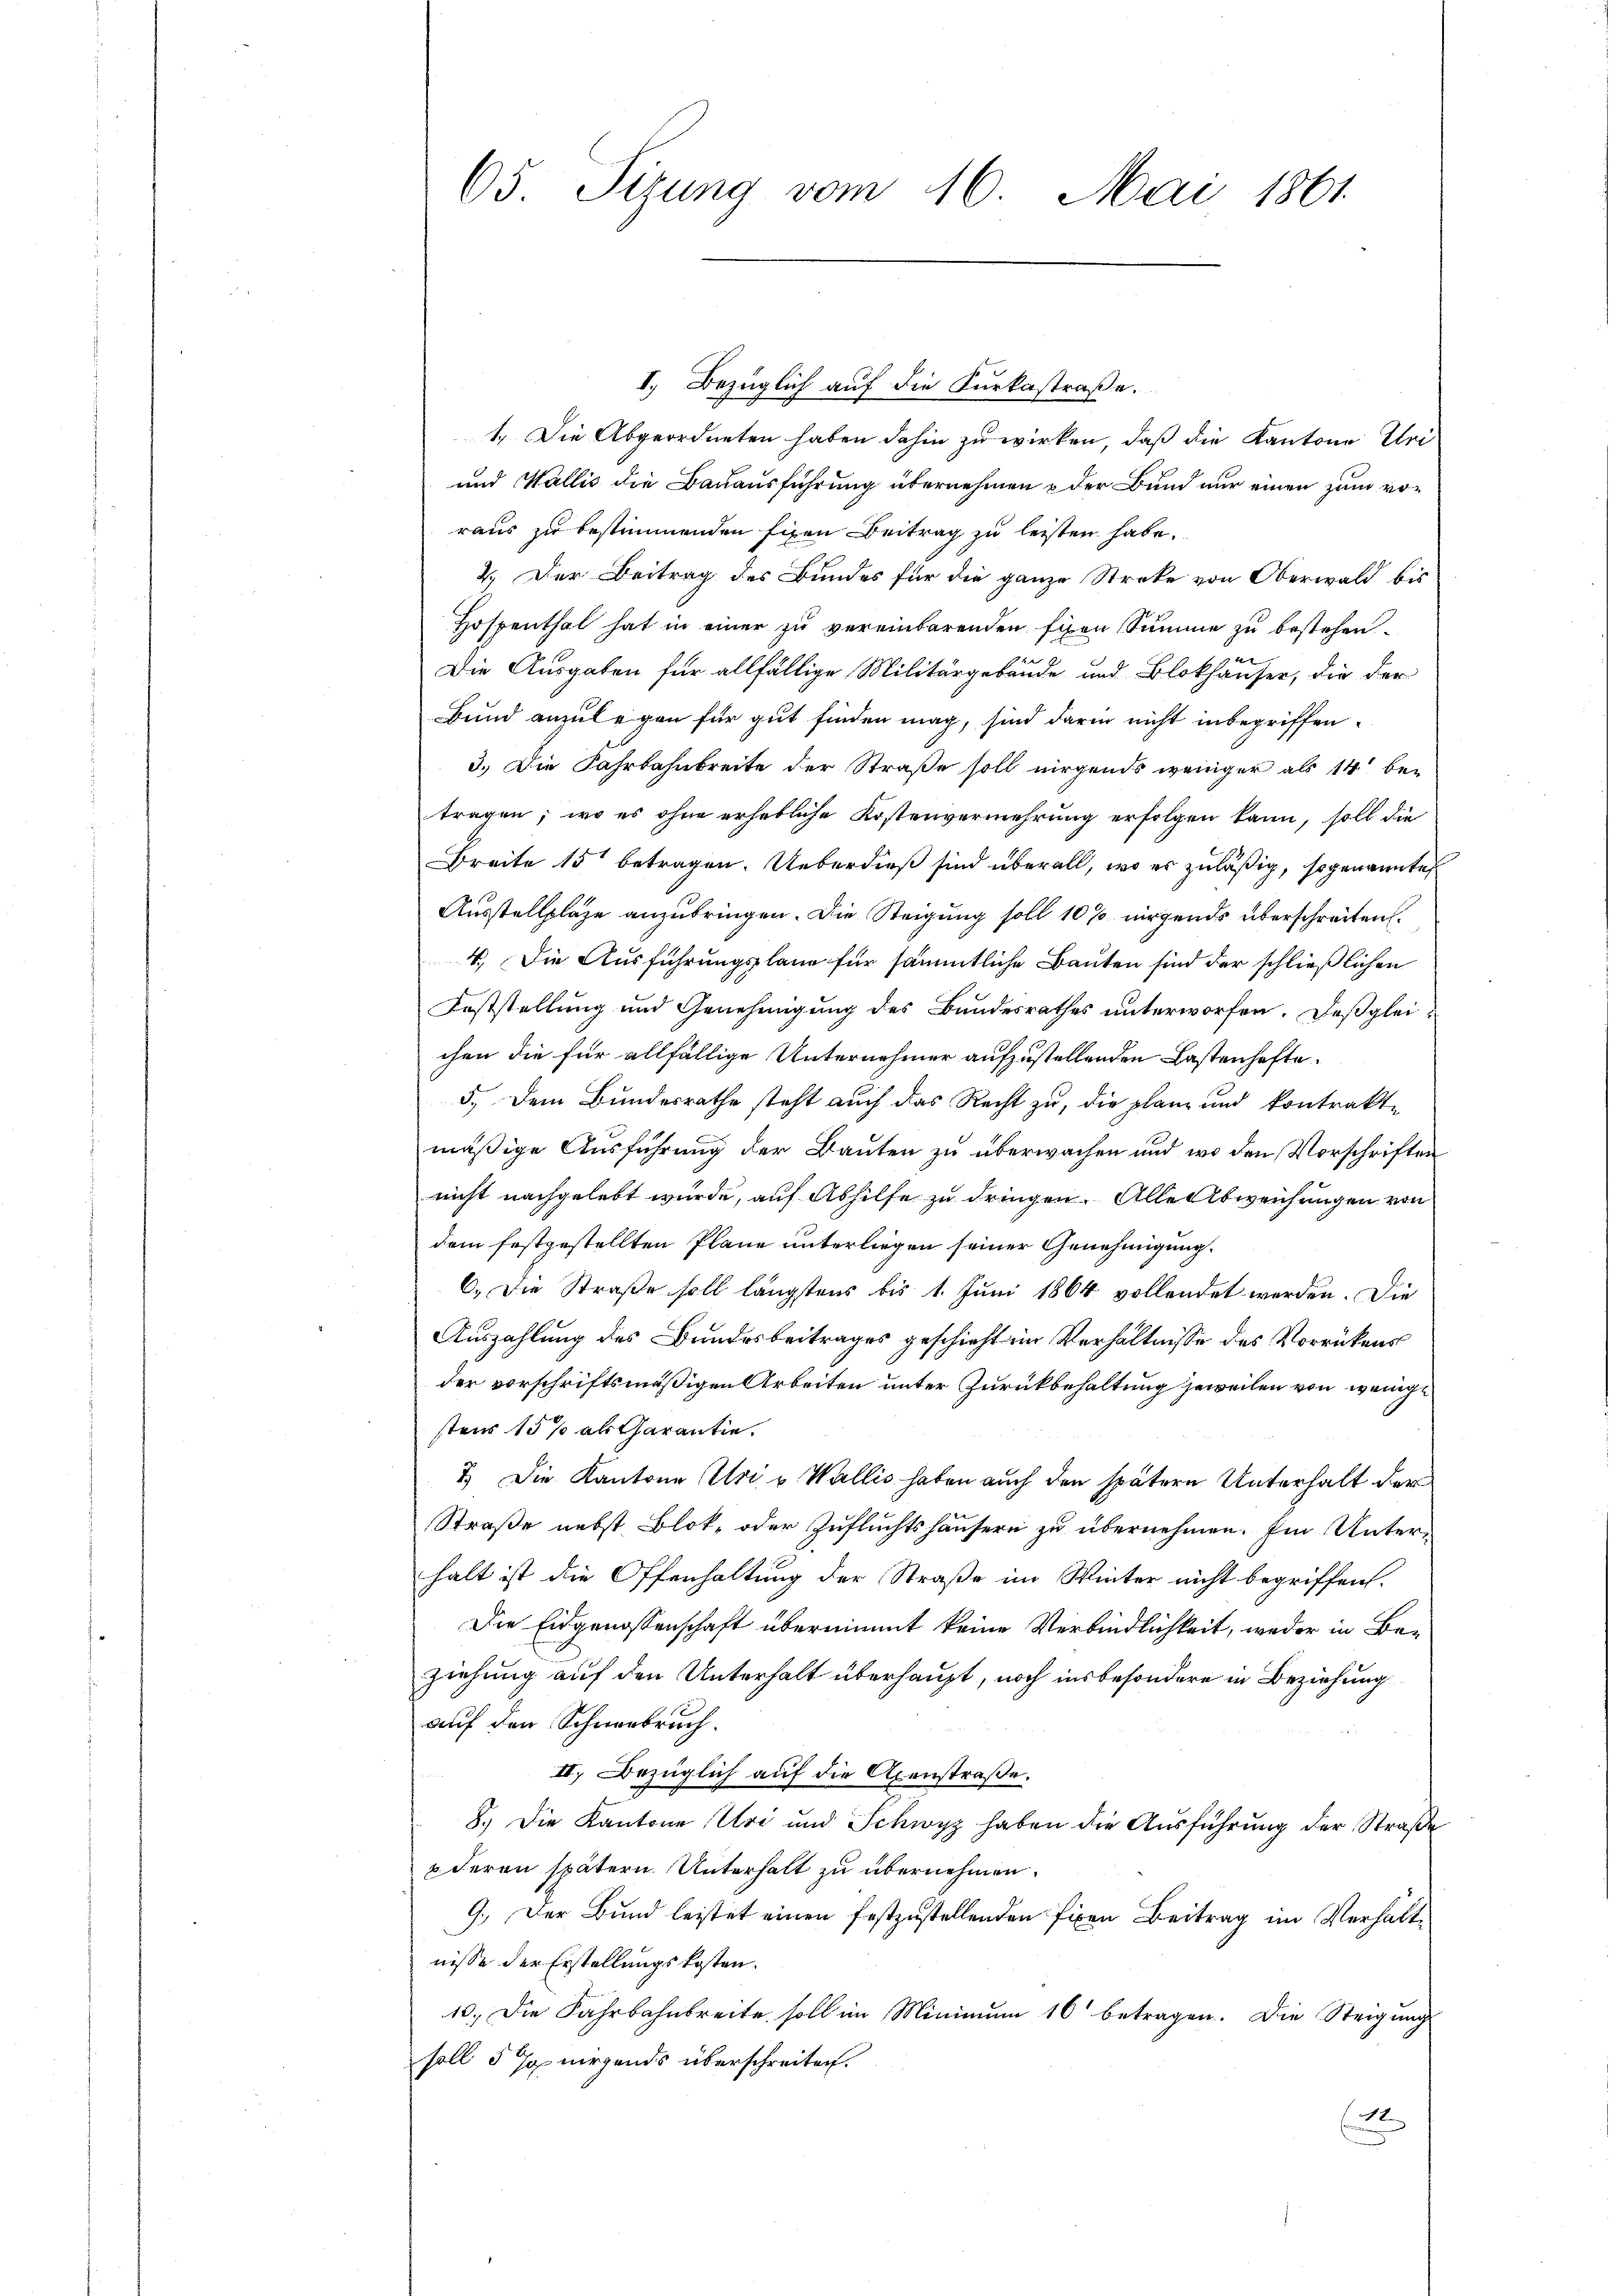
65. Sizung vom 16. Mai 1861

I. Bezüglich auf die Kurkastraße.
1. Die Abgeordneten haben dahin zu wirken, daß die Kantone Uri
und Wallis die Bauausführung übernehmen & der Bund nur einen zum vor
raus zu bestimmenden fixen Beitrag zu leisten habe.
2.) Der Beitrag des Bundes für die ganze Streke von Oberwald bis
Hospenthal hat in einer zu vereinbarenden fixen Summe zu bestehen.
Die Ausgaben für allfällige Militärgebäude und Blokhäuser, die der
Bund anzulegen für gut finden mag, sind darin nicht inbegriffen.
3.) Die Fahrbahnbreite der Straße soll nirgends weniger als 14 be-
tragen; wo es ohne erhebliche Kostenvermehrung erfolgen kann, soll die
Breite 15 betragen. Ueberdieß sind überall, wo es zuläßig, sogenannte
Ausstellplaze anzubringen. Die Steigung soll 10 % nirgends überschreiten.
4. Die Ausführungsplane für sämmtliche Bauten sind der schließlichen
Feststellung und Genehmigung des Bundesrathes unterworfen. Deßglei-
chen die für allfällige Unternehmer aufzustellenden Lastenhafte
5.) Dem Bundesrathe steht auch das Recht zu, die planz und kontrakte
mäßige Ausführung der Bauten zu überwachen und wo den Vorschriften
nicht nachgelebt wurde, auf Abhilfe zu dringen. Alle Abweichungen von
dem festgestellten Pläne unterliegen seiner Genehmigung.
6. Die Straße soll längstens bis 1. Juni 1864 vollendet werden. Die
Auszahlung des Bundesbeitrages geschieht im Verhältnisse des Vorrückens
der vorschriftsmäßigen Arbeiten unter Zurückbehaltung jeweilen von wenige
stens 15% als Garantie.
7.) Die Kantone Uri v Wallis haben auch den spätern Unterhalt der
Straße nebst Blok- oder Zufluchtshäusern zu übernehmen. Im Unterhalt ist die Offenhaltung der Straße im Winter nicht begriffen.
Die Eidgenossenschaft übernimmt keine Verbindlichkeit, weder in Beziehung auf den Unterhalt überhaupt, noch insbesondere in Beziehung
auf den Schneebruch.
II. Bezüglich auf die Axenstraße.
8.) Die Kantone Uri und Schwyz haben die Ausführung der Straße
deren spätern. Unterhalt zu übernehmen.
9.) Der Bund leistet einen festzustellenden fixen Beitrag im Verhältnisse der Erstellungskosten.
10. Die Fahrbahnbreite soll im Minimum 16 betragen. Die Steigung
soll 5 Ja nirgends überschreiten.
t